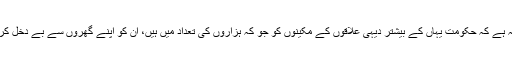
سر بات یہ ہے کہ حکومت یہاں کے بیشتر دیہی علاقوں کے مکینوں کو جو کہ ہزاروں کی تعداد میں ہیں، ان کو اپنے گھروں سے بے دخل کر رہی ہے۔